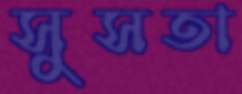
সুসতা